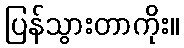
ပြန်သွားတာကိုး။